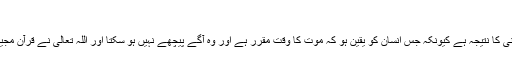
( ابوداؤد )
بزدلی درحقیقت تقدیر کے بارے میں شک اور اللہ تعالٰی سے بد گمانی کا نتیجہ ہے کیونکہ جس انسان کو یقین ہو کہ موت کا وقت مقرر ہے اور وہ آگے پیچھے نہیں ہو سکتا اور اللہ تعالٰی نے قرآن مجید میں سچ فرمایا ہے کہ ہر شخص کے لیے موت کا وقت طے ہے ۔